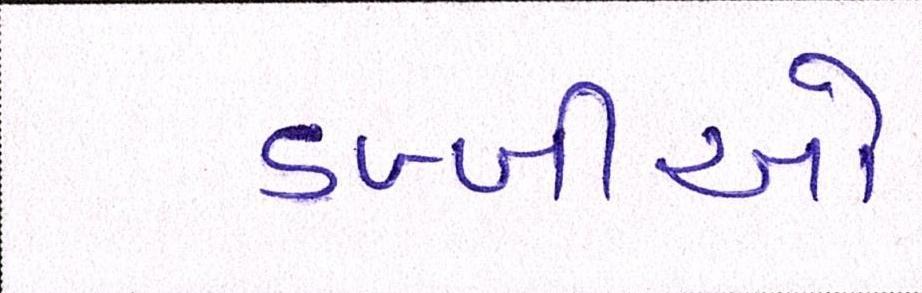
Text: ડબ્બીઓ